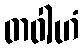
တဝါဟံ